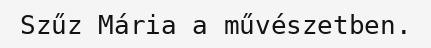
Szűz Mária a művészetben.